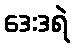
ဒေးဒရဲ